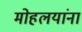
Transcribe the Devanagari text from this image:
माेहलयांना